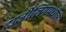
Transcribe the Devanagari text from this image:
दार्जीलिंगमधील